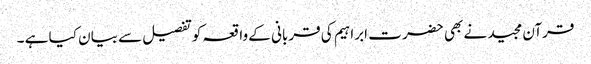
قرآن مجید نے بھی حضر ت ابراہیم کی قربانی کے واقعہ کوتفصیل سے بیان کیا ہے ۔